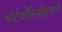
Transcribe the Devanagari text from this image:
पोर्टफोलियोप्रमाणे